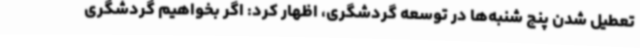
تعطیل شدن پنج شنبه‌ها در توسعه گردشگری، اظهار کرد: اگر بخواهیم گردشگری